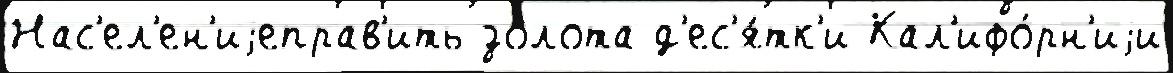
Нас'ел'ен'иjеправ'ить зо́лота д'ес'я́тк'и Кал'ифо́рн'иjи